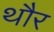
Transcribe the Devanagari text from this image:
थौर